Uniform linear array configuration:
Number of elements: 32
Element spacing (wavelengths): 0.25
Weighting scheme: exponential
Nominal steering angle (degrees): -30
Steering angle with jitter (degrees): -29.416
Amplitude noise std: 0.05
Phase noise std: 0.05

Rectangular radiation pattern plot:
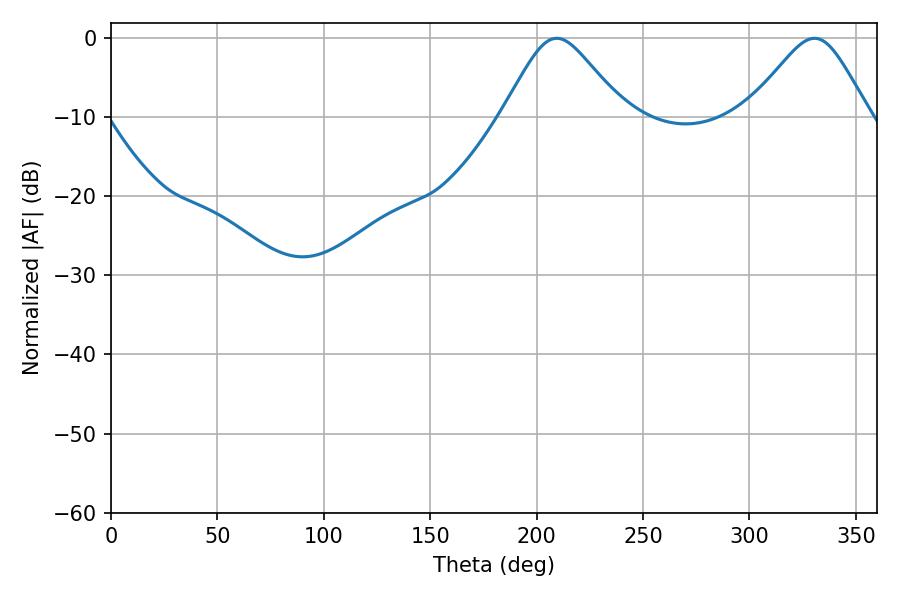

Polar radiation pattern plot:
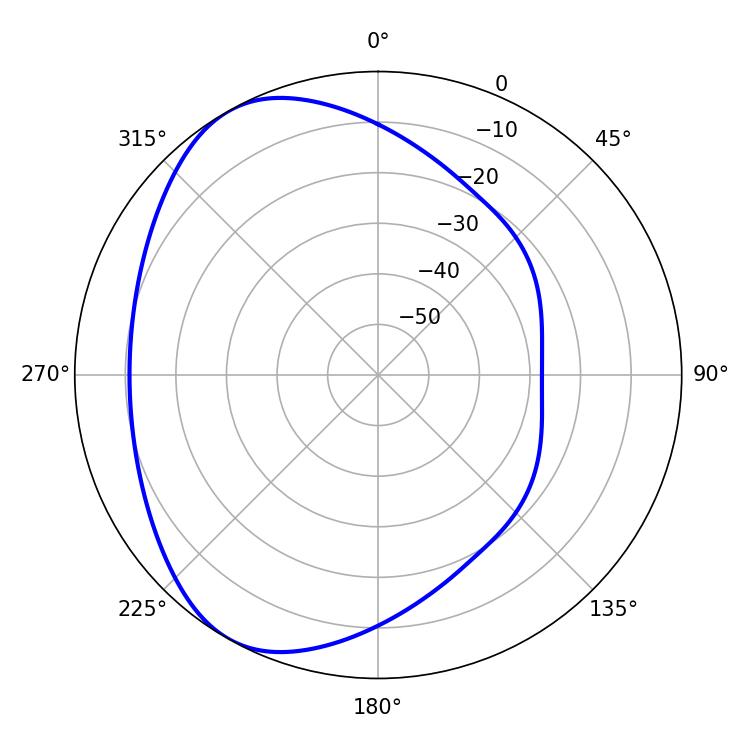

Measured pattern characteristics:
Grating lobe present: FALSE
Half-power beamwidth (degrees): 27.36
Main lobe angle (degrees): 209.52